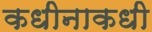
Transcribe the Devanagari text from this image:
कधीनाकधी